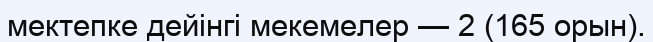
мектепке дейінгі мекемелер — 2 (165 орын).